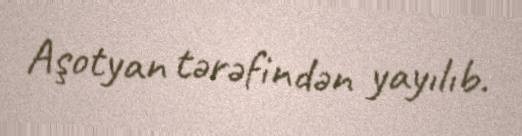
Aşotyan tərəfindən yayılıb.